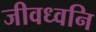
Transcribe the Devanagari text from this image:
जीवध्वनि